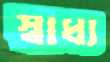
স্বাধ্য